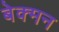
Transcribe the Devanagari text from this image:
बेक्मन